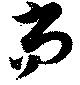
尚